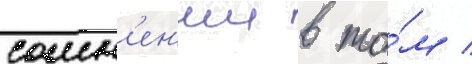
сомн'ен'ии в то́м /